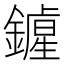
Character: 𨭲